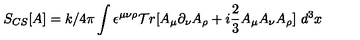
S _ { C S } [ A ] = k / 4 \pi \int \epsilon ^ { \mu \nu \rho } { \cal T } r [ A _ { \mu } \partial _ { \nu } A _ { \rho } + i \frac { 2 } { 3 } A _ { \mu } A _ { \nu } A _ { \rho } ] \ d ^ { 3 } x